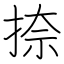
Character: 捺